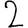
Digit: 2